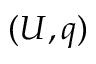
( U , q )